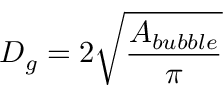
D _ { g } = 2 \sqrt { \frac { A _ { b u b b l e } } { \pi } }